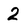
Character: 2